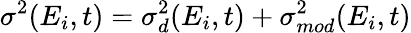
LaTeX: \sigma^{2}(E_{i},t)=\sigma_{d}^{2}(E_{i},t)+\sigma_{mod}^{2}(E_{i},t)